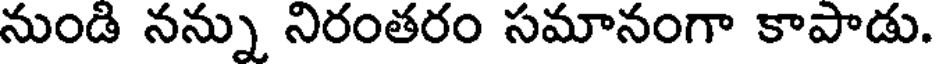
నుండి నన్ను నిరంతరం సమానంగా కాపాడు.